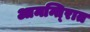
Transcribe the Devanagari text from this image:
आमन्ति्रात